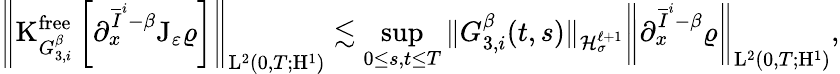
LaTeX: \begin{array}{r}{\left\Vert\mathrm{K}_{G_{3,i}^{\beta}}^{\mathrm{free}}\left[\partial_{x}^{\overline{{I}}^{i}-\beta}\mathrm{J}_{\varepsilon}\varrho\right]\right\Vert_{\mathrm{L}^{2}(0,T;\mathrm{H}^{1})}\lesssim\underset{0\leq s,t\leq T}{\operatorname*{sup}}\Vert G_{3,i}^{\beta}(t,s)\Vert_{\mathcal{H}_{\sigma}^{\ell+1}}\left\Vert\partial_{x}^{\overline{{I}}^{i}-\beta}\varrho\right\Vert_{\mathrm{L}^{2}(0,T;\mathrm{H}^{1})},}\end{array}